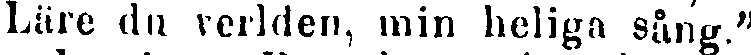
Läre du verlden, min heliga sång."